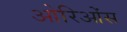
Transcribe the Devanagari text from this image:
ओरिओंस